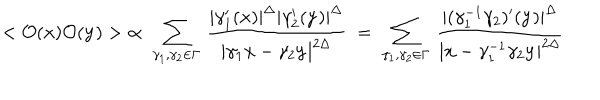
< { \cal O } ( { \bf x } ) { \cal O } ( { \bf y } ) > \; \propto \; \sum _ { \gamma _ { 1 } , \gamma _ { 2 } \in \Gamma } \, \frac { | \gamma _ { 1 } ^ { \prime } ( { \bf x } ) | ^ { \Delta } | \gamma _ { 2 } ^ { \prime } ( { \bf y } ) | ^ { \Delta } } { | \gamma _ { 1 } { \bf x } - \gamma _ { 2 } { \bf y } | ^ { 2 \Delta } } \; = \; \sum _ { \gamma _ { 1 } , \gamma _ { 2 } \in \Gamma } \, \frac { | ( \gamma _ { 1 } ^ { - 1 } \gamma _ { 2 } ) ^ { \prime } ( { \bf y } ) | ^ { \Delta } } { | { \bf x } - \gamma _ { 1 } ^ { - 1 } \gamma _ { 2 } { \bf y } | ^ { 2 \Delta } }